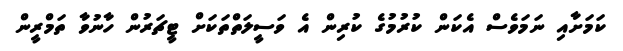
ކަމަށާއި ނަމަވެސް އެކަން ކުރުމުގެ ކުރިން އެ ވަސީލަތްތަކަށް ޓީޗަރުން ހާނުވާ ތަމްރީން